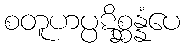
စတူဟပ္ပဋိစ္ဆန္နံပေ